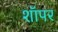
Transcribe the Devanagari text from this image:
शॉपर